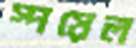
স্পয়েল